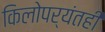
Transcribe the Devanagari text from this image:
किलोपर्यंतही